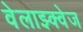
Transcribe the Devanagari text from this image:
वेलाझ्क्वेज